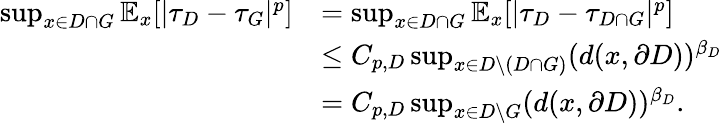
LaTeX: \begin{array}{rl}{\operatorname*{sup}_{x\in{D\cap G}}\mathbb{E}_{x}[|\tau_{D}-\tau_{G}|^{p}]}&{=\operatorname*{sup}_{x\in{D\cap G}}\mathbb{E}_{x}[|\tau_{D}-\tau_{D\cap G}|^{p}]}\\ &{\le C_{p,D}\operatorname*{sup}_{x\in{D\setminus(D\cap G)}}(d(x,\partial D))^{\beta_{D}}}\\ &{=C_{p,D}\operatorname*{sup}_{x\in D\setminus{G}}(d(x,\partial D))^{\beta_{D}}.}\end{array}